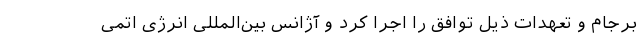
برجام و تعهدات ذیل توافق را اجرا کرد و آژانس بین‌المللی انرژی اتمی